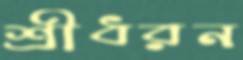
শ্রীধরন